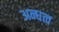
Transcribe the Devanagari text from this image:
अन्धत्व